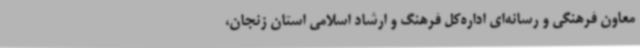
معاون فرهنگی و رسانه‌ای اداره‌کل فرهنگ و ارشاد اسلامی استان زنجان،